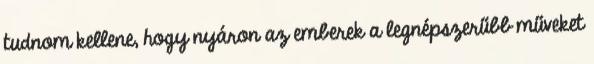
tudnom kellene, hogy nyáron az emberek a legnépszerűbb műveket